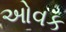
ઓવક